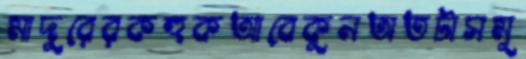
মাদুরেরকহুকআবেকুনঅতটাসমূ